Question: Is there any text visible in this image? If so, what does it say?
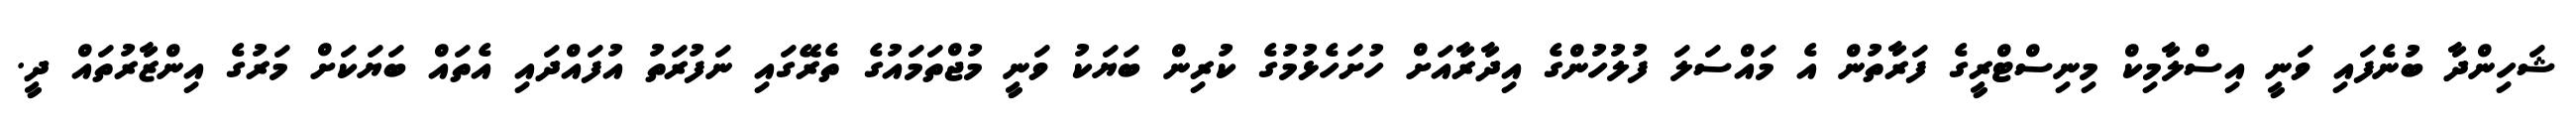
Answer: ޝަހިންދާ ބުނެފައި ވަނީ އިސްލާމިކް މިނިސްޓްރީގެ ފަރާތުން އެ މައްސަލަ ފުލުހުންގެ އިދާރާއަށް ހުށަހެޅުމުގެ ކުރިން ބަޔަކު ވަނީ މުޖްތަމައުގެ ތެރޭގައި ނަފުރަތު އުފައްދައި އެތައް ބަޔަކަށް މަރުގެ އިންޒާރުތައް ދީ.